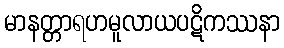
မာနတ္တာရဟမူလာယပဋိကဿနာ